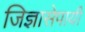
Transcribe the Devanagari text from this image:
जिज्ञासेपायी